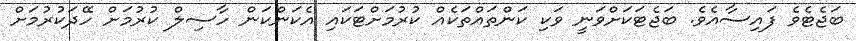
ބަޖެޓެވެ ފައިސާއެވެ. ބަޖެޓަކަށްވަނީ ވަކި ކަންތައްތަކެއް ކުރުމަށްޓަކައި އެކަންކަން ހާސިލް ކުރުމަށް ހޭދަކުރުމަށް